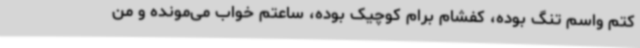
کتم واسم تنگ بوده، کفشام برام کوچیک بوده، ساعتم خواب می‌مونده و من